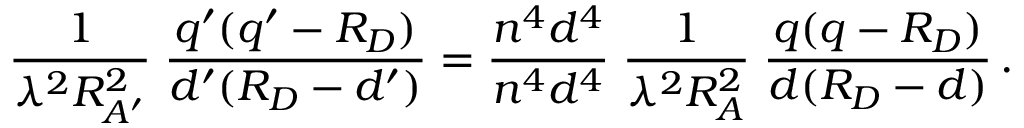
{ \frac { 1 } { \lambda ^ { 2 } R _ { A ^ { \prime } } ^ { 2 } } } \; { \frac { q ^ { \prime } ( q ^ { \prime } - R _ { D } ) } { d ^ { \prime } ( R _ { D } - d ^ { \prime } ) } } = { \frac { n ^ { 4 } d ^ { 4 } } { n ^ { 4 } d ^ { 4 } } } \; { \frac { 1 } { \lambda ^ { 2 } R _ { A } ^ { 2 } } } \; { \frac { q ( q - R _ { D } ) } { d ( R _ { D } - d ) } } \, .